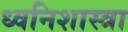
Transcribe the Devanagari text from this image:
ध्वनिशास्त्रा